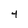
Character: 4